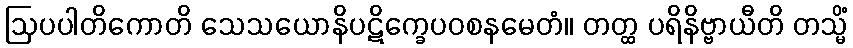
ဩပပါတိကောတိ သေသယောနိပဋိက္ခေပဝစနမေတံ။ တတ္ထ ပရိနိဗ္ဗာယီတိ တသ္မိံ